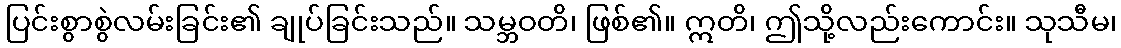
ပြင်းစွာစွဲလမ်းခြင်း၏ ချုပ်ခြင်းသည်။ သမ္ဘဝတိ၊ ဖြစ်၏။ ဣတိ၊ ဤသို့လည်းကောင်း။ သုသီမ၊